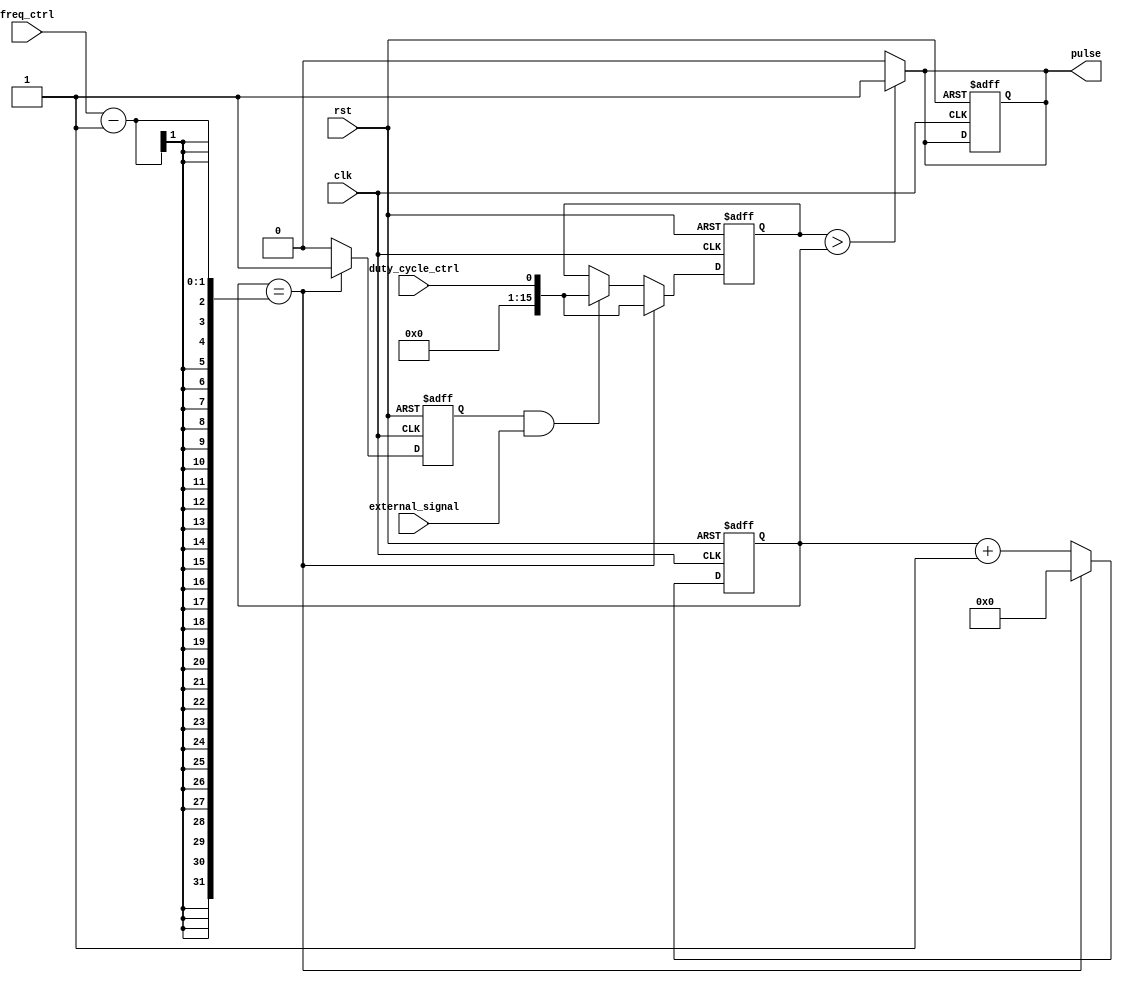
module ProgrammablePulseGenerator (
    input wire clk, // Clock signal
    input wire rst, // Reset signal
    input wire freq_ctrl, // Frequency control signal
    input wire duty_cycle_ctrl, // Duty cycle control signal
    input wire external_signal, // External signal for synchronization

    output reg pulse // Generated pulse signal
);

reg [15:0] counter;
reg [15:0] pulse_duration;
reg sync_flag;

always @(posedge clk or posedge rst) begin
    if (rst) begin
        counter <= 16'b0;
        pulse_duration <= 16'b0;
        sync_flag <= 1'b0;
        pulse <= 1'b0;
    end else begin
        if (counter == freq_ctrl - 1) begin
            counter <= 16'b0;
            pulse_duration <= duty_cycle_ctrl;
            sync_flag <= 1'b1;
        end else begin
            if (sync_flag && external_signal) begin
                pulse_duration <= duty_cycle_ctrl;
            end
            counter <= counter + 1;
            sync_flag <= 1'b0;
        end
    end
end

always @(*) begin
    if (pulse_duration > counter) begin
        pulse <= 1'b1;
    end else begin
        pulse <= 1'b0;
    end
end

endmodule